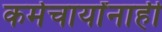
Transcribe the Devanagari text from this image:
कर्मचार्यांनाही